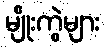
မျိုးကွဲများ